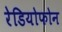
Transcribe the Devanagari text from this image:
रेडियोफोन